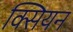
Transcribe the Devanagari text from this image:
क्सियन